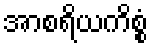
အာစရိယကိစ္စံ